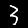
Label: 3